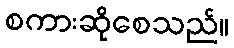
စကားဆိုစေသည်။